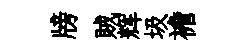
牓賊辉圾襜